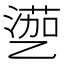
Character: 𱎎